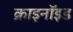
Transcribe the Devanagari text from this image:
क्राइनॉइड